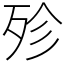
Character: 殄